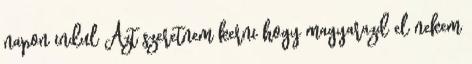
napon indul Azt szeretnem kerni hogy magyarazd el nekem